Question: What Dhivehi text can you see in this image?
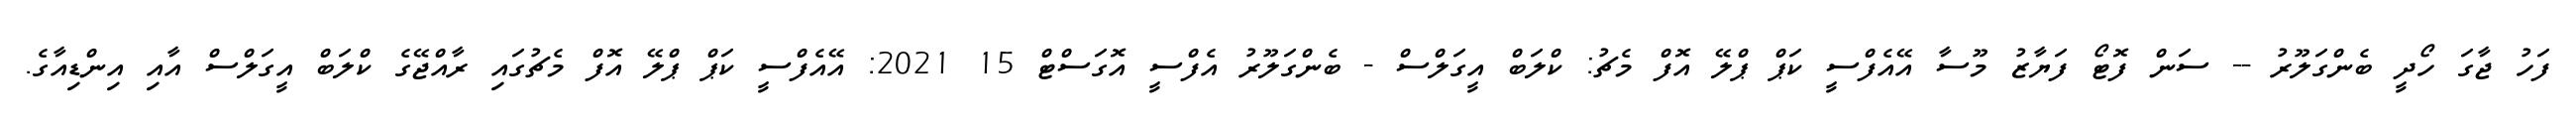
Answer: ފަހު ޖާގަ ހޯދީ ބެންގަލޫރު -- ސަން ފޮޓޯ ފަޔާޒު މޫސާ އޭއެފްސީ ކަޕް ޕްލޭ އޮފް މެޗު: ކްލަބް އީގަލްސް - ބެންގަލޫރު އެފްސީ އޮގަސްޓް 15 2021: އޭއެފްސީ ކަޕް ޕްލޭ އޮފް މެޗުގައި ރާއްޖޭގެ ކްލަބް އީގަލްސް އާއި އިންޑިއާގެ.